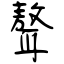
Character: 聱